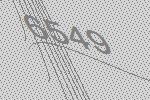
6549